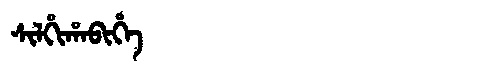
Manchu: ᠰᡳᠯᡥᡳᡥᠠᠪᡳᡥᡝ
Romanization: SILHIHABIHE